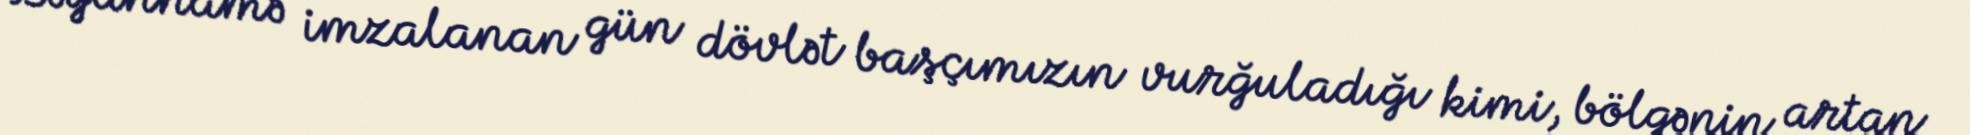
Bəyannamə imzalanan gün dövlət başçımızın vurğuladığı kimi, bölgənin artan